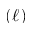
( \ell )